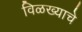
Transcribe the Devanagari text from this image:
विळख्याचे